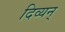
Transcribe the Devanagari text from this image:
दिव्यन्